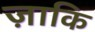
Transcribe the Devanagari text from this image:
ज़ाकि